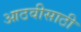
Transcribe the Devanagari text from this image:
आठवीसाठी